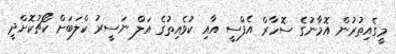
މީގެއިތުރުން އޮމާނުގެ ސޮހާރް އެފްސީ އާއި ކުވެއިތުގެ އަލް ނަސީރު ކްލަބަށް ކޯޗުކޮށްދީ